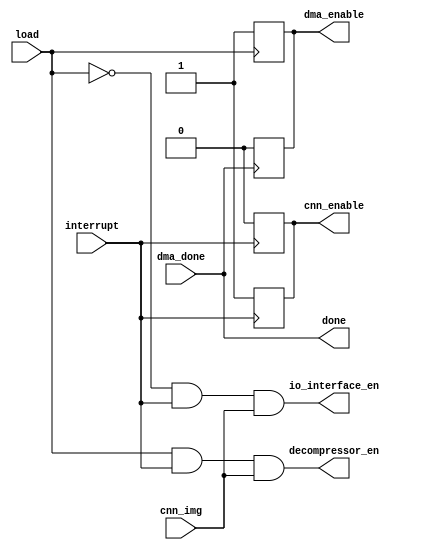
module IO_Controller (load, io_interface_en, decompressor_en, interrupt, cnn_img, dma_done, done,dma_enable, cnn_enable);

input load;
input cnn_img;
input interrupt;
output io_interface_en;
input dma_done;
output done;
output reg dma_enable, cnn_enable;
output decompressor_en;

assign io_interface_en = (!load) && interrupt && cnn_img;
assign decompressor_en = load && interrupt && cnn_img;
assign done = dma_done;

always @(posedge dma_done) begin
    dma_enable = 0;
end

always @(posedge load) begin
    dma_enable = 1;
end

always @(negedge interrupt) begin
    cnn_enable = 1;
end

always @(posedge interrupt) begin
    cnn_enable = 0;
end



endmodule